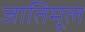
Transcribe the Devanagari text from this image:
जातिमूल